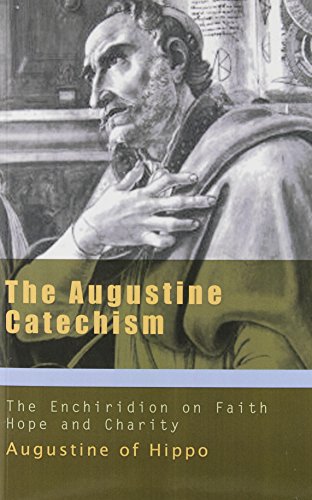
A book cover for Augustine Catechism: Enchiridion on Faith Hope and Charity (The Augustine Series); Saint Augustine; Christian Books & Bibles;